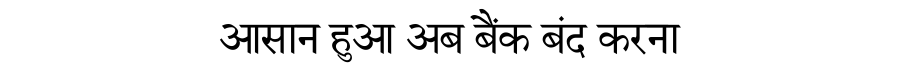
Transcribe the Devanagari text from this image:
आसान हुआ अब बैंक बंद करना